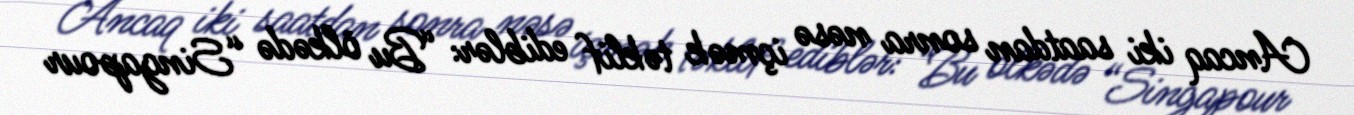
Ancaq iki saatdan sonra nəsə içmək təklif ediblər: “Bu ölkədə “Singapour